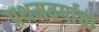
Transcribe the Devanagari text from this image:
प्रथमवर्गाचा